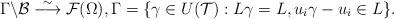
LaTeX: \begin{align*}\Gamma\backslash\mathcal{B}\stackrel{\sim}\longrightarrow\mathcal{F}(\Omega), \Gamma=\{\gamma\in U(\mathcal{T}):L\gamma=L,u_i\gamma-u_i\in L\}.\end{align*}